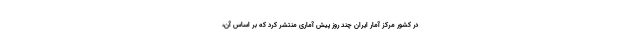
در کشور مرکز آمار ایران چند روز پیش آماری منتشر کرد که بر اساس آن،